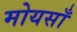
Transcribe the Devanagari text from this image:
मोयसाँ